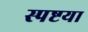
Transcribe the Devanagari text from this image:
स्पष्टया